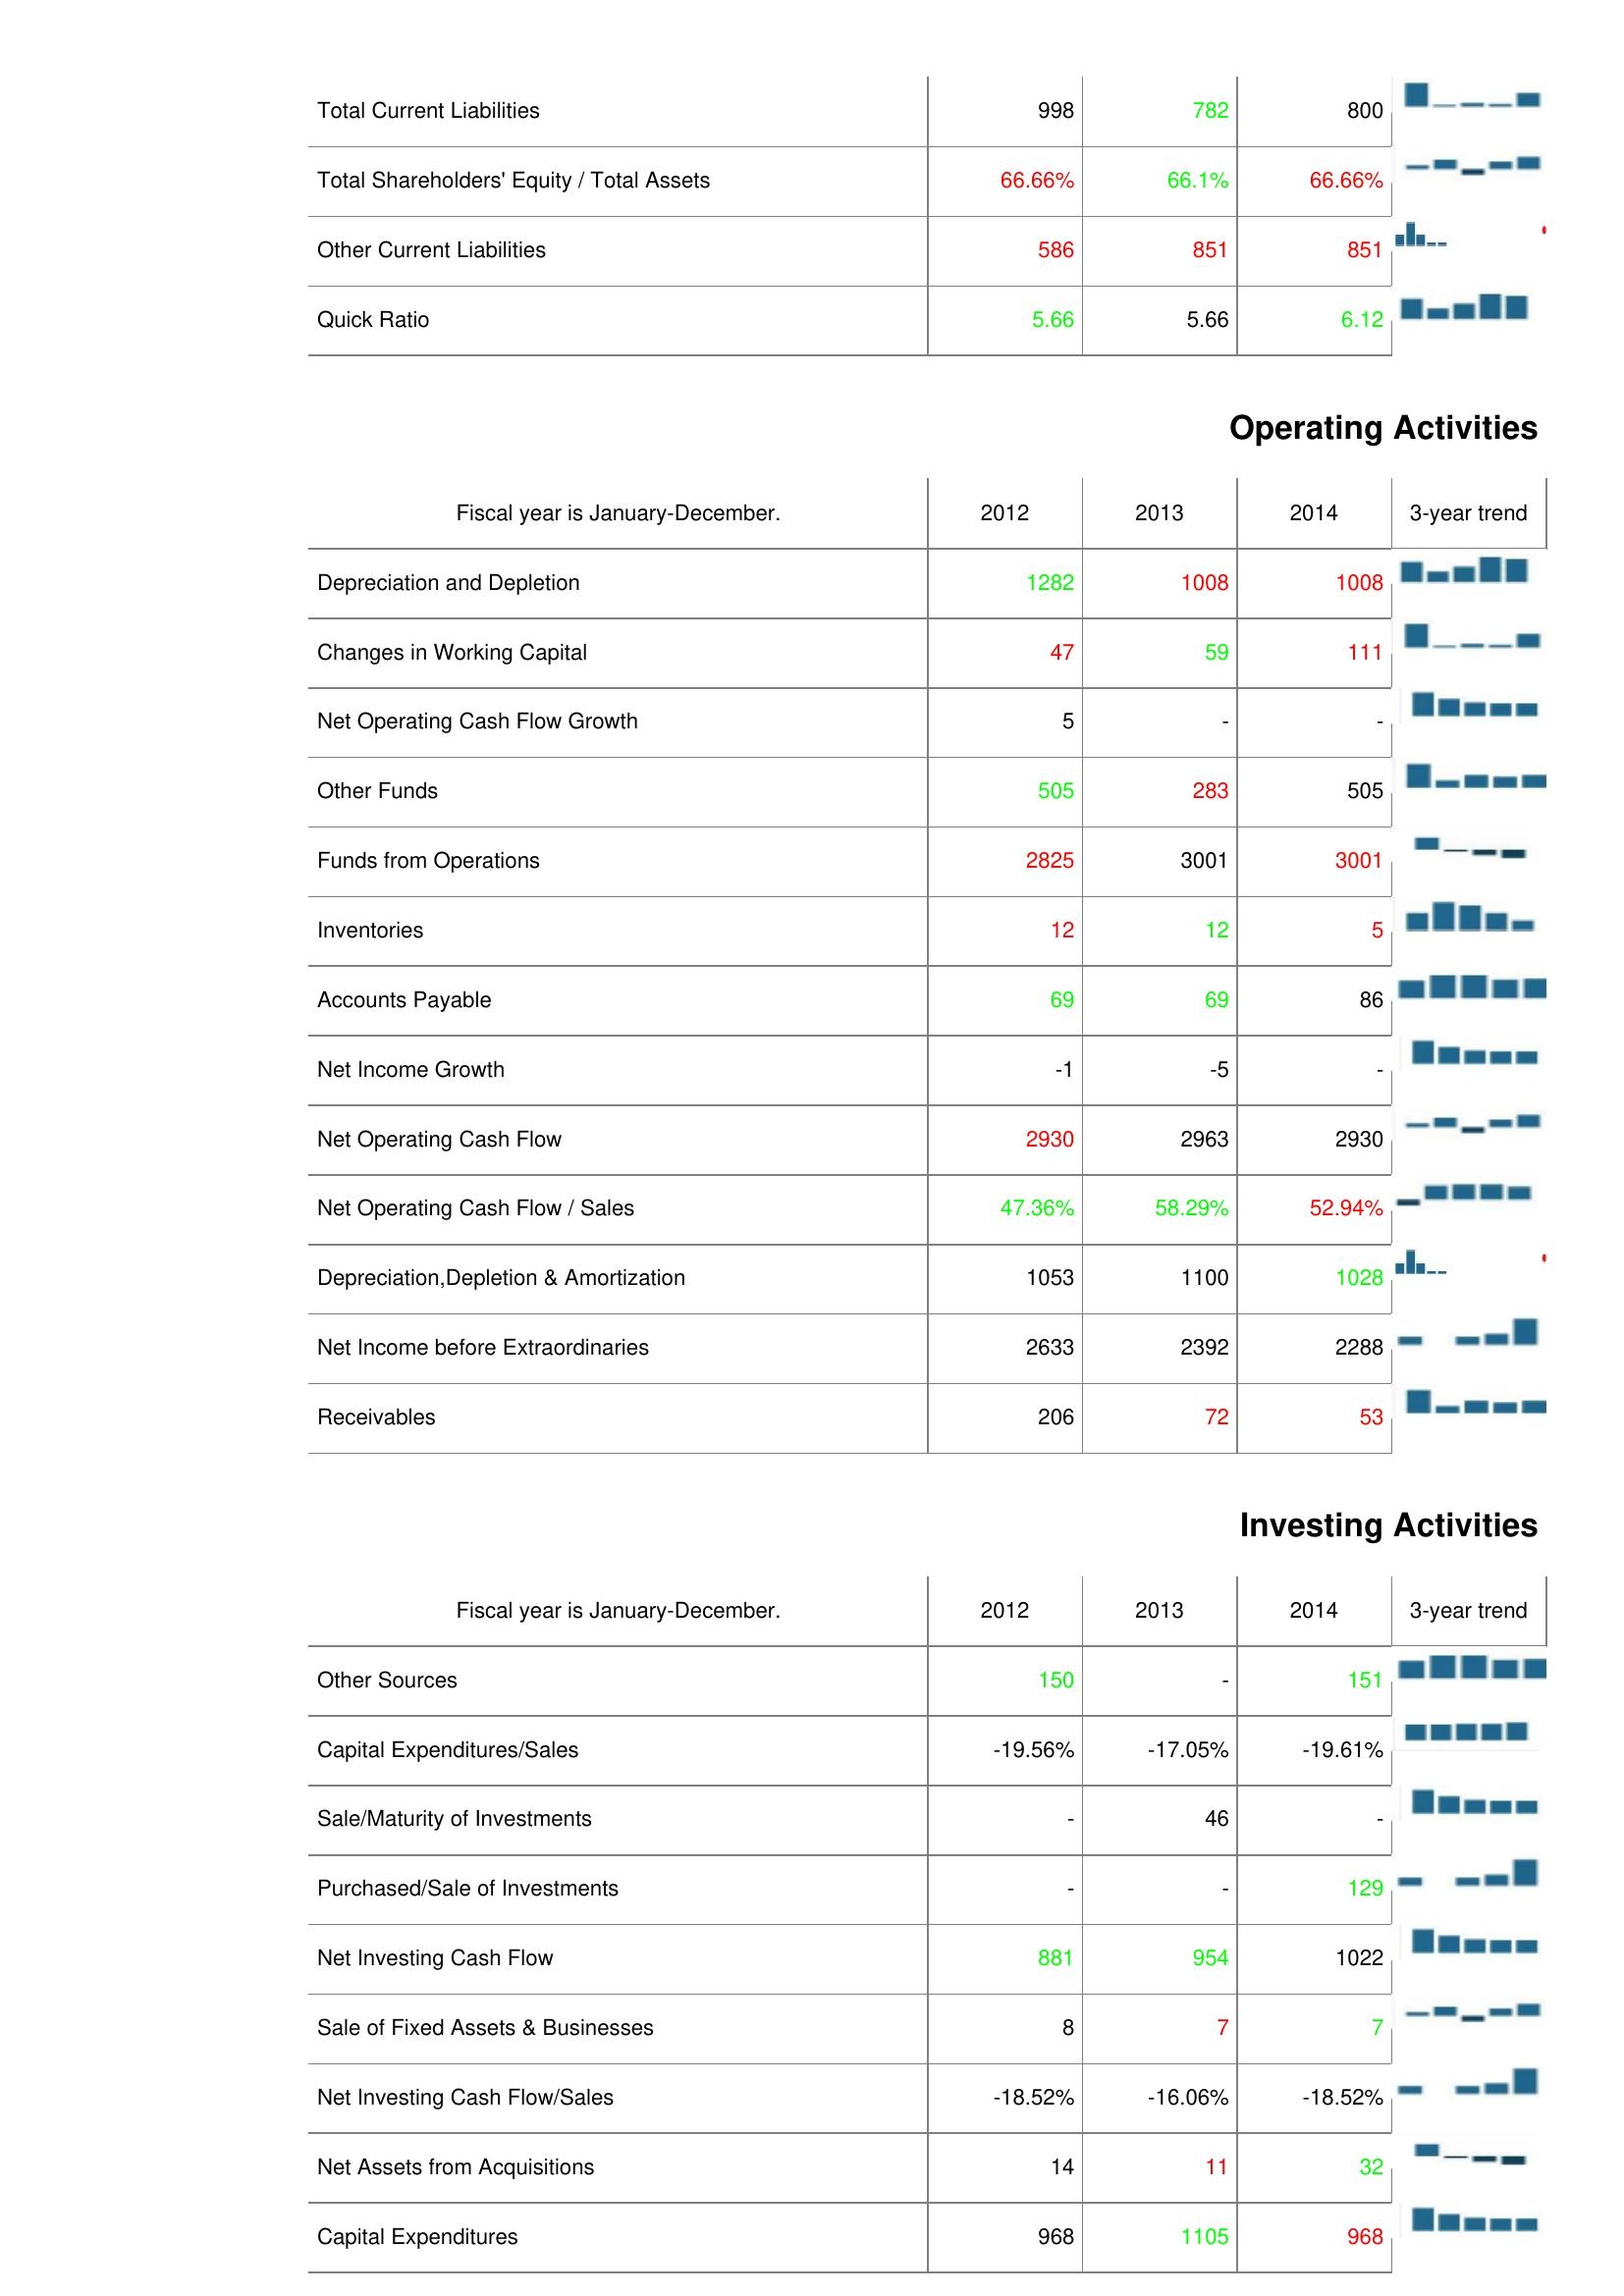
2012: Liabilities & Shareholder's Equity: Total Current Liabilities: 998
Total Shareholders' Equity / Total Assets: 66.66%
Other Current Liabilities: 586
Quick Ratio: 5.66
Operating Activities: Depreciation and Depletion: 1282
Changes in Working Capital: 47
Net Operating Cash Flow Growth: 5
Other Funds: 505
Funds from Operations: 2825
Inventories: 12
Accounts Payable: 69
Net Income Growth: -1
Net Operating Cash Flow: 2930
Net Operating Cash Flow / Sales: 47.36%
Depreciation,Depletion & Amortization: 1053
Net Income before Extraordinaries: 2633
Receivables: 206
Investing Activities: Other Sources: 150
Capital Expenditures/Sales: -19.56%
Sale/Maturity of Investments: -
Purchased/Sale of Investments: -
Net Investing Cash Flow: 881
Sale of Fixed Assets & Businesses: 8
Net Investing Cash Flow/Sales: -18.52%
Net Assets from Acquisitions: 14
Capital Expenditures: 968
2013: Liabilities & Shareholder's Equity: Total Current Liabilities: 782
Total Shareholders' Equity / Total Assets: 66.1%
Other Current Liabilities: 851
Quick Ratio: 5.66
Operating Activities: Depreciation and Depletion: 1008
Changes in Working Capital: 59
Net Operating Cash Flow Growth: -
Other Funds: 283
Funds from Operations: 3001
Inventories: 12
Accounts Payable: 69
Net Income Growth: -5
Net Operating Cash Flow: 2963
Net Operating Cash Flow / Sales: 58.29%
Depreciation,Depletion & Amortization: 1100
Net Income before Extraordinaries: 2392
Receivables: 72
Investing Activities: Other Sources: -
Capital Expenditures/Sales: -17.05%
Sale/Maturity of Investments: 46
Purchased/Sale of Investments: -
Net Investing Cash Flow: 954
Sale of Fixed Assets & Businesses: 7
Net Investing Cash Flow/Sales: -16.06%
Net Assets from Acquisitions: 11
Capital Expenditures: 1105
2014: Liabilities & Shareholder's Equity: Total Current Liabilities: 800
Total Shareholders' Equity / Total Assets: 66.66%
Other Current Liabilities: 851
Quick Ratio: 6.12
Operating Activities: Depreciation and Depletion: 1008
Changes in Working Capital: 111
Net Operating Cash Flow Growth: -
Other Funds: 505
Funds from Operations: 3001
Inventories: 5
Accounts Payable: 86
Net Income Growth: -
Net Operating Cash Flow: 2930
Net Operating Cash Flow / Sales: 52.94%
Depreciation,Depletion & Amortization: 1028
Net Income before Extraordinaries: 2288
Receivables: 53
Investing Activities: Other Sources: 151
Capital Expenditures/Sales: -19.61%
Sale/Maturity of Investments: -
Purchased/Sale of Investments: 129
Net Investing Cash Flow: 1022
Sale of Fixed Assets & Businesses: 7
Net Investing Cash Flow/Sales: -18.52%
Net Assets from Acquisitions: 32
Capital Expenditures: 968